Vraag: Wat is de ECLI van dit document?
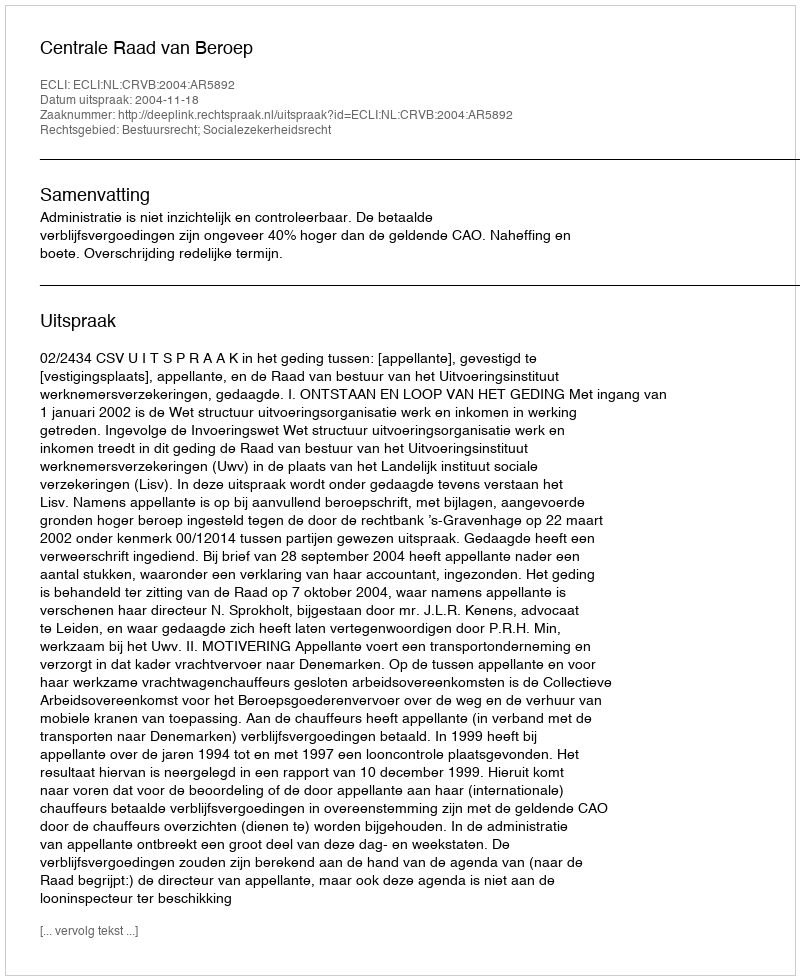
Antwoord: ECLI:NL:CRVB:2004:AR5892